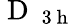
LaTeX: \mathrm{~D~}_{\mathrm{~3~h~}}